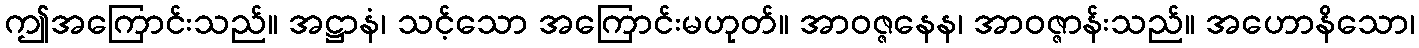
ဤအကြောင်းသည်။ အဋ္ဌာနံ၊ သင့်သော အကြောင်းမဟုတ်။ အာဝဇ္ဇနေန၊ အာဝဇ္ဇာန်းသည်။ အဟောနိသော၊